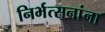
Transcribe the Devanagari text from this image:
निर्भत्सनांना